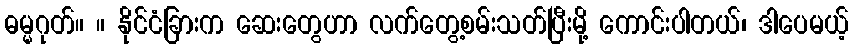
ဓမ္မဂုတ်။ ။ နိုင်ငံခြားက ဆေးတွေဟာ လက်တွေ့စမ်းသတ်ပြီးမို့ ကောင်းပါတယ်၊ ဒါပေမယ့်